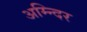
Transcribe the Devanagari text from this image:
अम्न्दिर